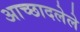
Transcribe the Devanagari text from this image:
अाच्छादलेले